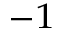
^ { - 1 }